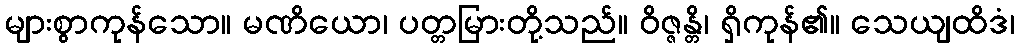
များစွာကုန်သော။ မဏိယော၊ ပတ္တမြားတို့သည်။ ဝိဇ္ဇန္တိ၊ ရှိကုန်၏။ သေယျထိဒံ၊